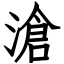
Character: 滄